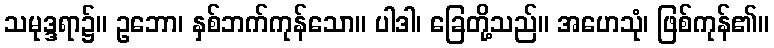
သမုဒ္ဒရာ၌။ ဥဘော၊ နှစ်ဘက်ကုန်သော။ ပါဒါ၊ ခြေတို့သည်။ အဟေသုံ၊ ဖြစ်ကုန်၏။